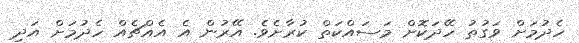
ހެދުމަށް ވަގުތު ހޭދަކޮށް މަސައްކަތް ކުރާށެވެ. އޭރުން އެ އެއްޗެއް ހެދުމަށް އަދި